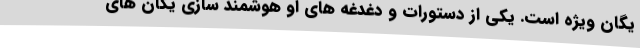
یگان ویژه است. یکی از دستورات و دغدغه های او هوشمند سازی یگان های